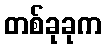
တစ်ခုခုက